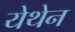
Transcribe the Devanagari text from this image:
येथेन